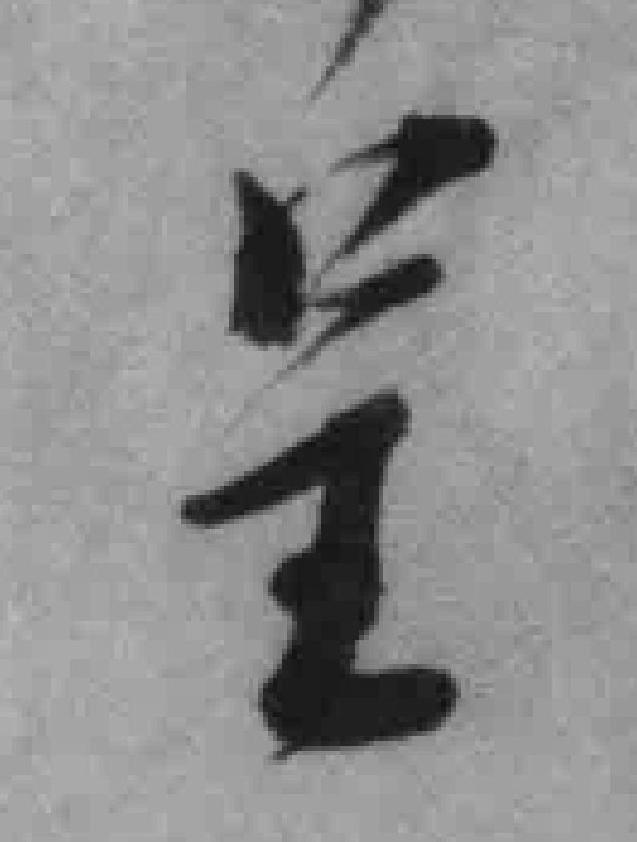
呈